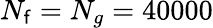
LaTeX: N_{\mathsf{f}}=N_{g}=40000